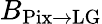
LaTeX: B_{\textrm{Pix}\rightarrow\textrm{LG}}